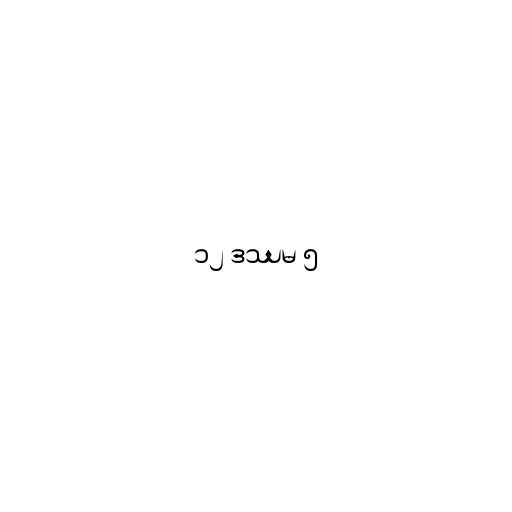
၁၂ ဒဿမ ၅